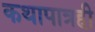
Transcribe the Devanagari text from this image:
कथापात्रही